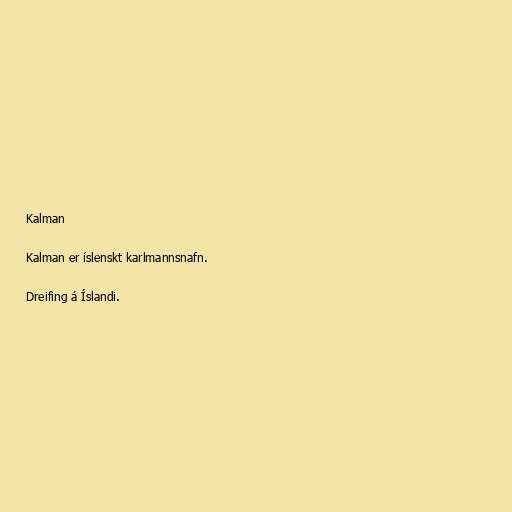
Kalman

Kalman er íslenskt karlmannsnafn.

Dreifing á Íslandi.